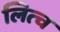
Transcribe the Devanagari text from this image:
लित्च